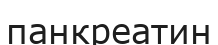
панкреатин